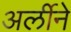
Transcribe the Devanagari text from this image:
अर्लीने